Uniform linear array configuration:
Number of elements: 12
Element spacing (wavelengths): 1
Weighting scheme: blackman
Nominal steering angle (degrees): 45
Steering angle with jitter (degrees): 43.498
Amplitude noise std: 0.05
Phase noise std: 0.05

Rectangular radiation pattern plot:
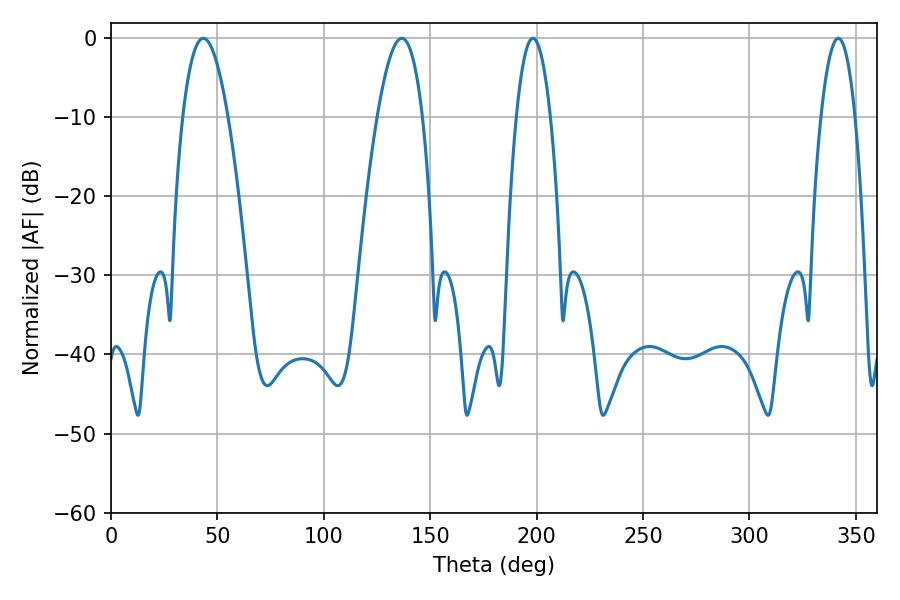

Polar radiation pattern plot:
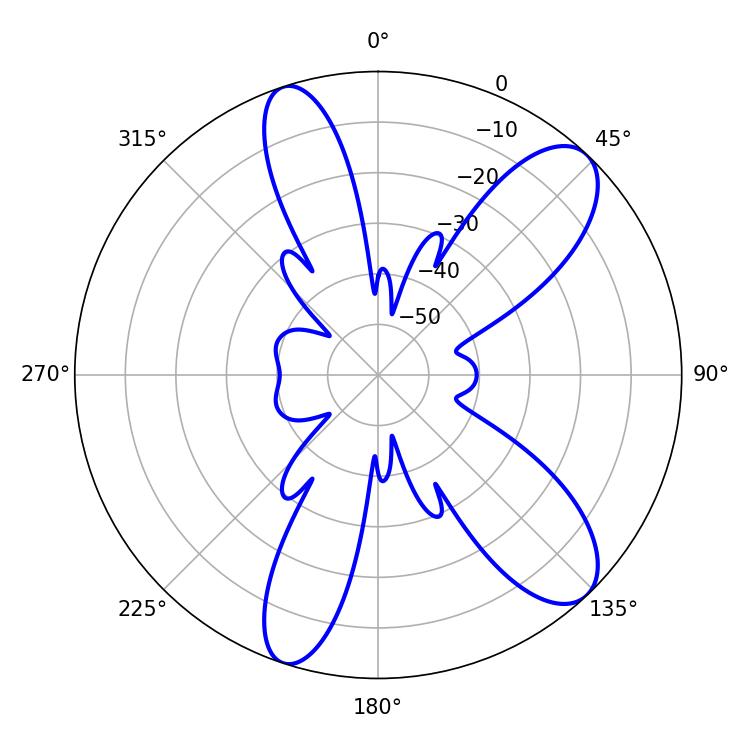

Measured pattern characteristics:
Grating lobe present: TRUE
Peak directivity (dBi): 10.035
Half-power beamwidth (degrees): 11.7
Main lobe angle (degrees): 43.38